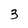
Character: 3